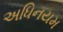
અધિનયમ